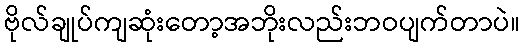
ဗိုလ်ချုပ်ကျဆုံးတော့အဘိုးလည်းဘဝပျက်တာပဲ။